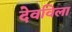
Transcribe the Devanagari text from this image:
देवविला